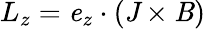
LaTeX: L_{z}=\textbf{\emph{e}}_{z}\cdot(\textbf{\emph{J}}\times\textbf{\emph{B}})